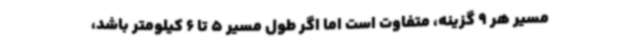
مسیر هر 9 گزینه، متفاوت است اما اگر طول مسیر 5 تا 6 کیلومتر باشد،